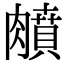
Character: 𦡛